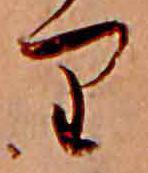
り